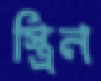
স্ত্রিন